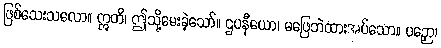
ဖြစ်သေးသလော။ ဣတိ၊ ဤသို့မေးခဲ့သော်။ ဌပနီယော၊ မဖြေဘဲထားအပ်သော။ ပဉှော၊